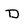
Character: D